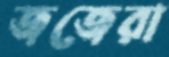
জজেরা